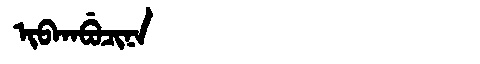
Manchu: ᡳᠪᡴᠠᠪᡠᠴᡳᠨᠠ
Romanization: IBKABUCINA